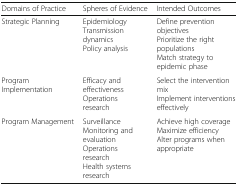
<table><thead><tr><td><b>Domains of Practice</b></td><td><b>Spheres of Evidence</b></td><td><b>Intended Outcomes</b></td></tr></thead><tbody><tr><td>Strategic Planning</td><td>EpidemiologyTransmission dynamicsPolicy analysis</td><td>Define prevention objectivesPrioritize the right populationsMatch strategy to epidemic phase</td></tr><tr><td>Program Implementation</td><td>Efficacy and effectivenessOperations research</td><td>Select the intervention mixImplement interventions effectively</td></tr><tr><td>Program Management</td><td>SurveillanceMonitoring and evaluationOperations researchHealth systems research</td><td>Achieve high coverageMaximize efficiencyAlter programs when appropriate</td></tr></tbody></table>